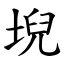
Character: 堄